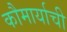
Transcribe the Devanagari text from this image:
कौमार्याची